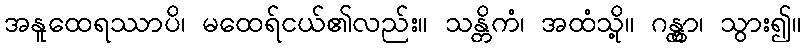
အနူထေရဿာပိ၊ မထေရ်ငယ်၏လည်း။ သန္တိကံ၊ အထံသို့။ ဂန္တွာ၊ သွား၍။